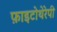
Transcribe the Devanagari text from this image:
फ़ाइटोथेरेपी